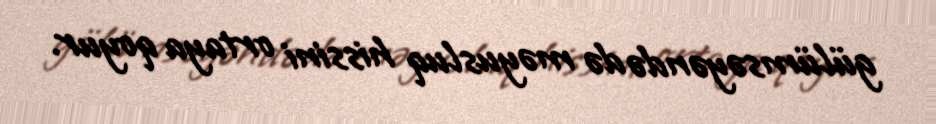
gülümsəyəndə də məyusluq hissini ortaya qoyur.